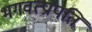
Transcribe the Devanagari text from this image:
भगवत्प्रापति